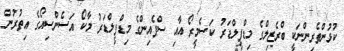
ކުޅުންތެރިންނަކީ ބްރެޒިލްގެ މިޑްފީލްޑަރު ކަސެމީރޯ އާއި ސްޕެއިންގެ މިޑްފީލްޑަރު މާކޯ އަސެންސިއޯގެ އިތުރުން